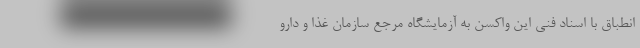
انطباق با اسناد فنی این واکسن به آزمایشگاه مرجع سازمان غذا و دارو